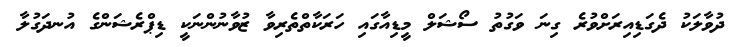
ދުވާލަކު ދެގަޑިއިރަށްވުރެ ގިނަ ވަގުތު ސޯޝަލް މީޑިއާގައި ހަރަކާތްތެރިވާ ޒުވާނުންނަކީ ޑިޕްރެޝަންގެ އުނދަގުލާ